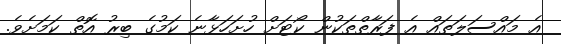
އެ މައްސަލަތައް އެ ފަރާތްތަކުން ކޯޓަށް ހުށަހަޅާނެ ކަމުގެ ބިރު އޮތް ކަމަށެވެ.